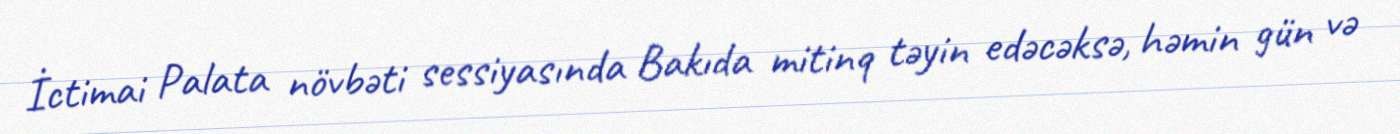
İctimai Palata növbəti sessiyasında Bakıda mitinq təyin edəcəksə, həmin gün və